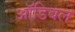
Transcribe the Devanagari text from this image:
ऑडिबल